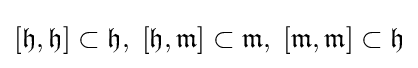
[{\mathfrak {h}},{\mathfrak {h}}]\subset {\mathfrak {h}},\;[{\mathfrak {h}},{\mathfrak {m}}]\subset {\mathfrak {m}},\;[{\mathfrak {m}},{\mathfrak {m}}]\subset {\mathfrak {h}}